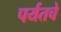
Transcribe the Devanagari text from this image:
पर्यतचे